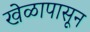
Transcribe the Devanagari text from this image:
खेळापासून